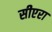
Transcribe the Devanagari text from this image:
सीएरा